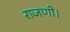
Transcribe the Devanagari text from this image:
राजणी।